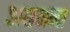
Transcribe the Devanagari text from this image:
अयजन्त